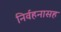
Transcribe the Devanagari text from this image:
निर्वहनासह